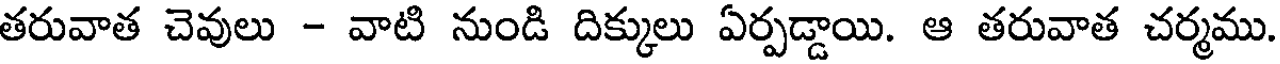
తరువాత చెవులు - వాటి నుండి దిక్కులు ఏర్పడ్డాయి. ఆ తరువాత చర్మము.